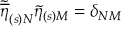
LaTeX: \widetilde { \overline { { { \eta } } } } _ { ( s ) N } \widetilde { \eta } _ { ( s ) M } = \delta _ { N M }